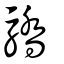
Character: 驕